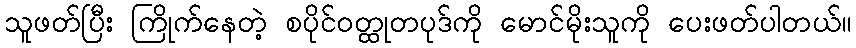
သူဖတ်ပြီး ကြိုက်နေတဲ့ စပိုင်ဝတ္ထုတပုဒ်ကို မောင်မိုးသူကို ပေးဖတ်ပါတယ်။